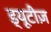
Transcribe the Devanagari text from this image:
ड्यूटीज़